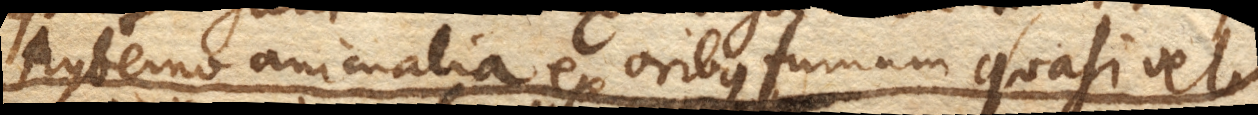
hyberno animalia ex oribus fumam quasi vel